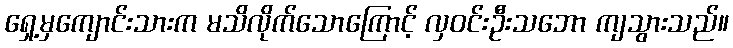
ရှေ့မှကျောင်းသားက မသိလိုက်သောကြောင့် လှဝင်းဦးသဘော ကျသွားသည်။